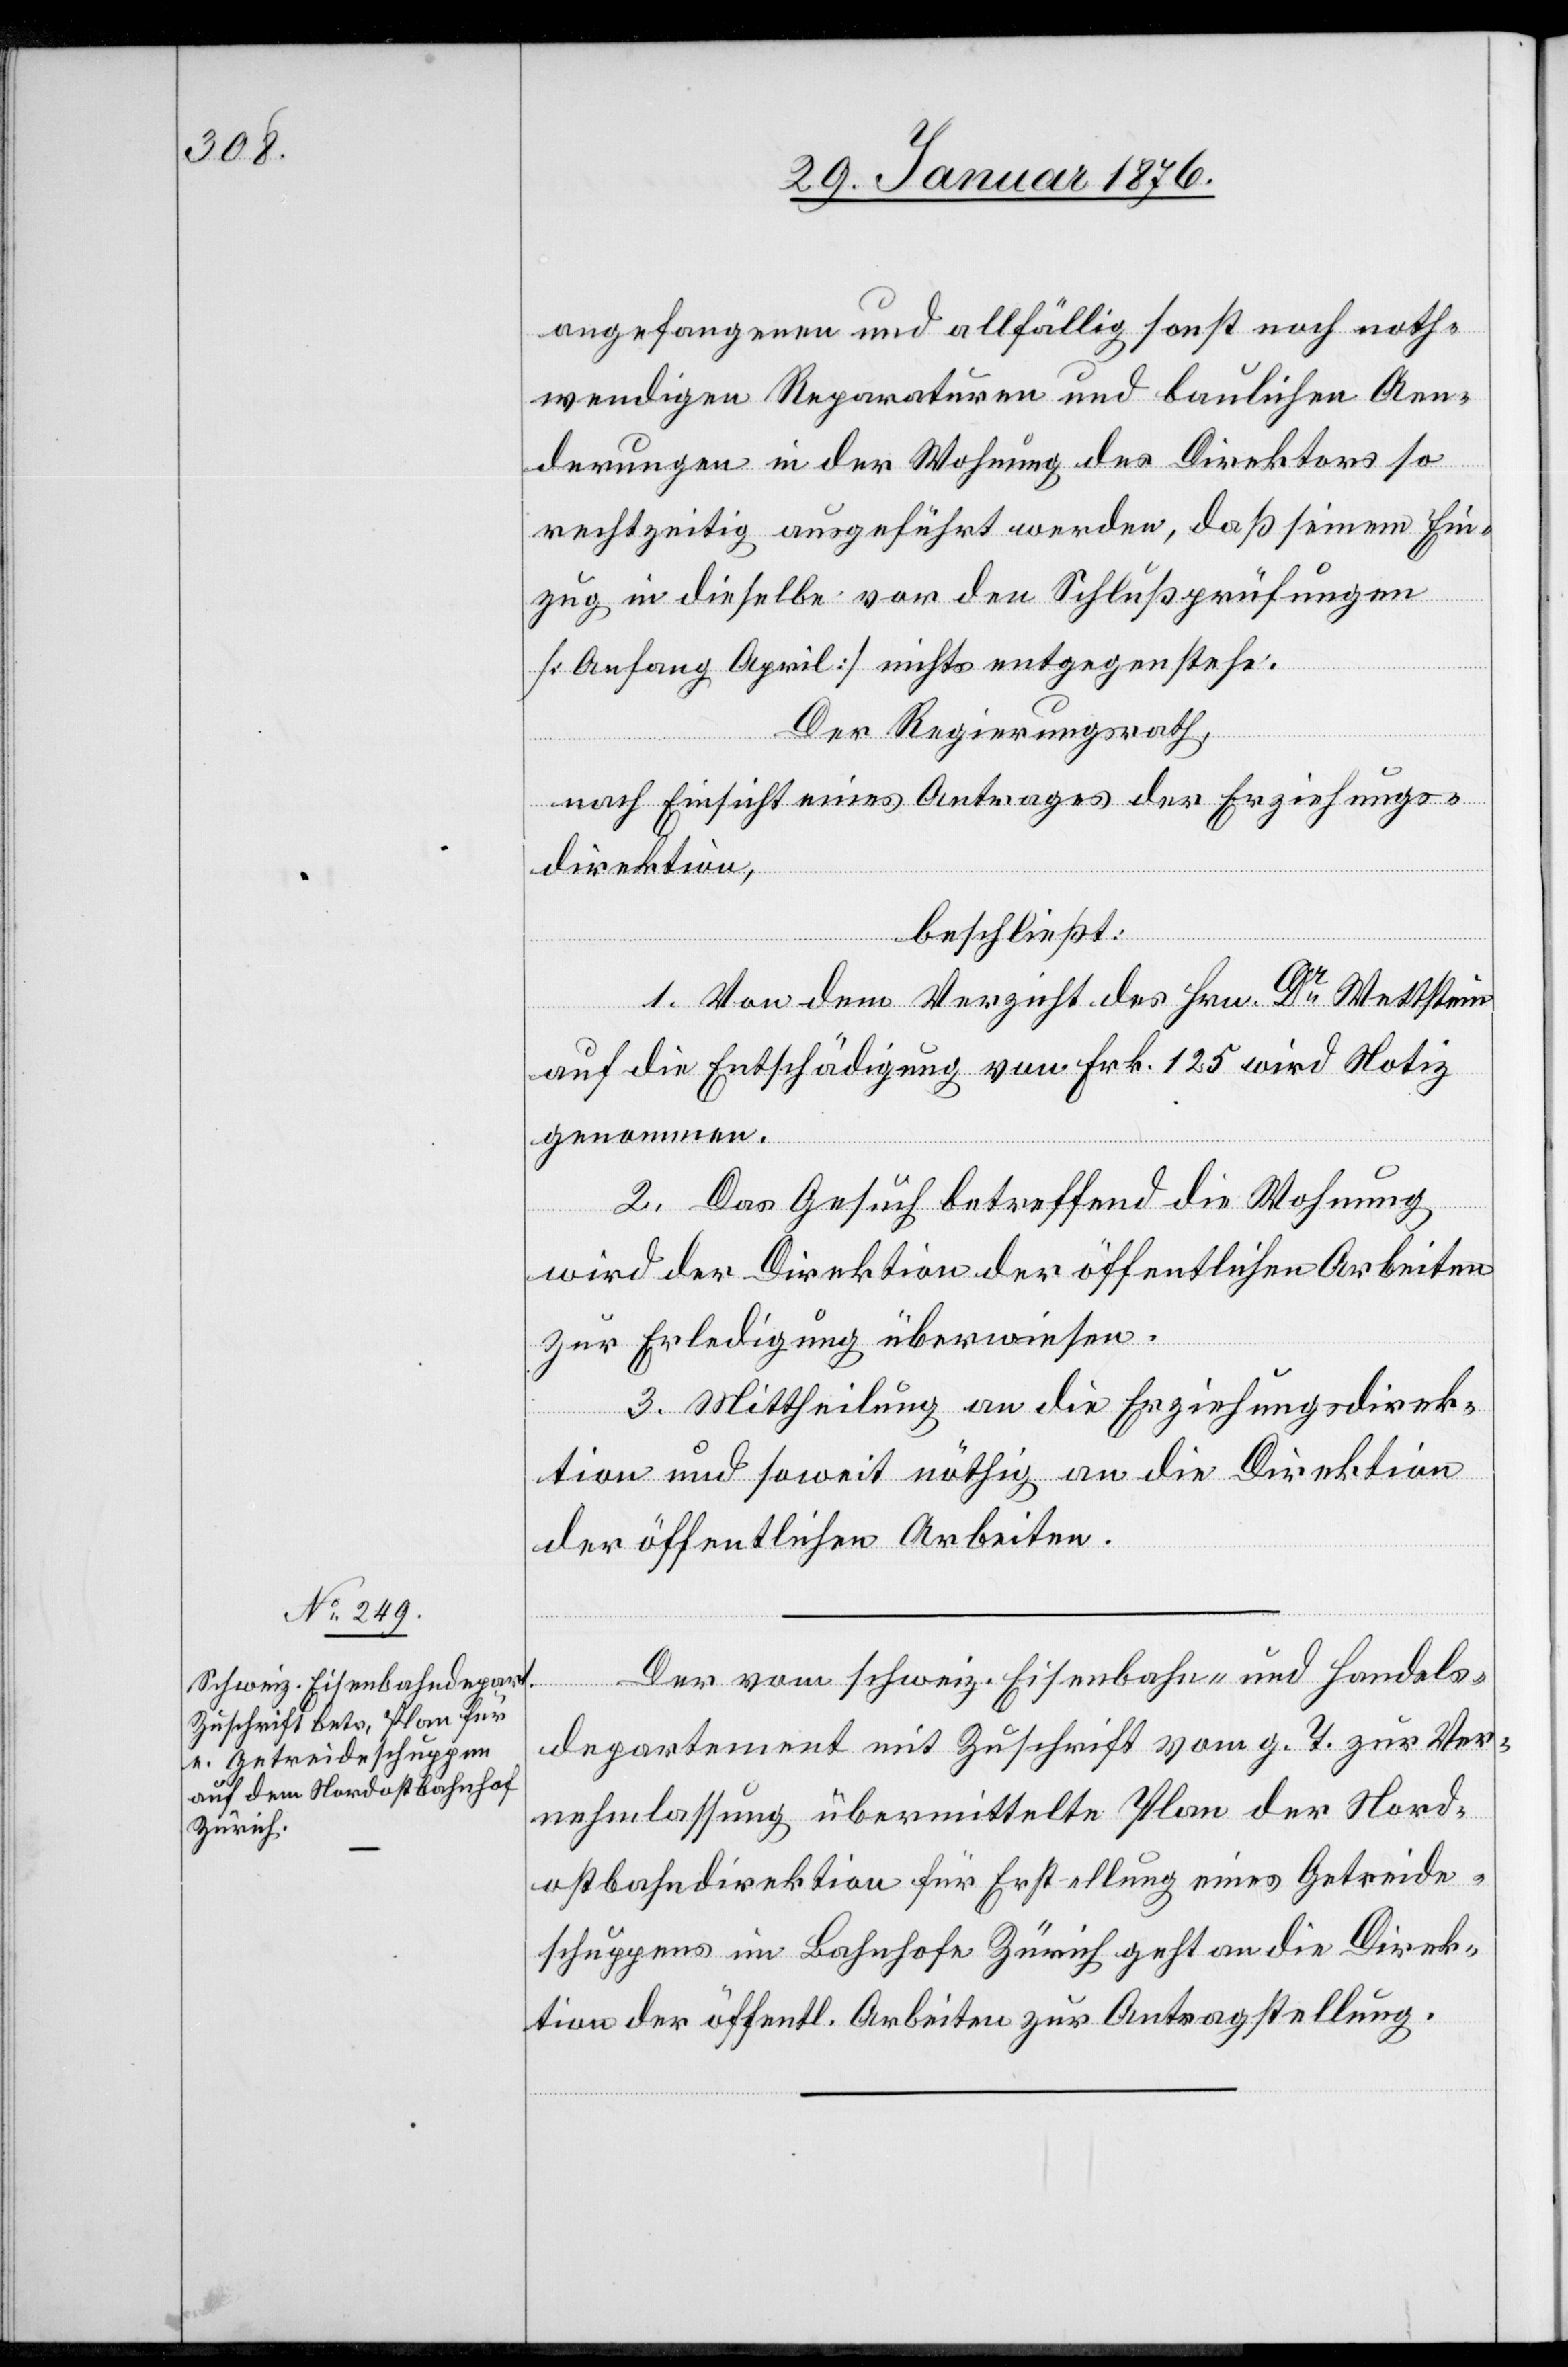
29. Januar 1875.]
angefangenen und allfällig sonst noch noth¬
wendigen Reparaturen und baulichen Aen¬
derungen in der Wohnung des Direktors so
rechtzeitig ausgeführt werden, daß seinem Ein¬
zug in dieselbe vor den Schlußprüfungen
[Anfang April] nichts entgegenstehe.
Der Regierungsrath,
nach Einsicht eines Antrages der Erziehungs¬
direktion,
beschließt:
1. Von dem Verzicht des Hrn. Dr Wettstein
auf die Entschädigung von Frk. 125 wird Notiz
genommen.
2. Das Gesuch betreffend die Wohnung
wird der Direktion der öffentlichen Arbeiten
zur Erledigung überwiesen.
3. Mittheilung an die Erziehungsdirek¬
tion und soweit nöthig an die Direktion
der öffentlichen Arbeiten.
Der vom schweiz. Eisenbahn- und Handels¬
departement mit Zuschrift vom g. T. zur Ver¬
nehmlassung übermittelte Plan der Nord¬
ostbahndirektion für Erstellung eines Getreide¬
schuppens im Bahnhofe Zürich geht an die Direk¬
tion der öffentl. Arbeiten zur Antragstellung.